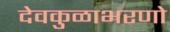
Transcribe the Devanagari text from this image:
देवकुळाभरणो